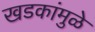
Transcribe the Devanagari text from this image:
खडकांमुळे